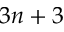
3 n + 3